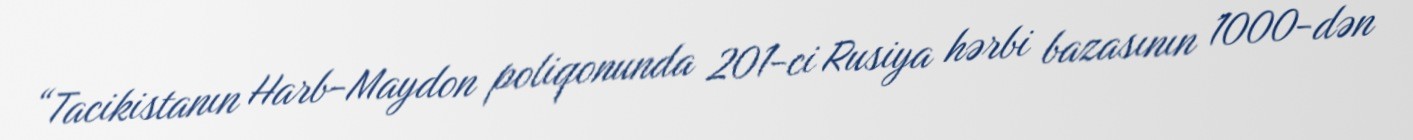
“Tacikistanın Harb-Maydon poliqonunda 201-ci Rusiya hərbi bazasının 1000-dən